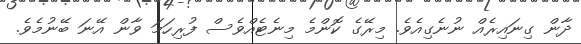
ދާން ގިނައިރެއް ނުނެގިއެވެ. މިރޭގެ ކޮންމެ މިނެޓެއްވެސް ފުރިހަމަ ވާން އޭނަ ބޭނުމެވެ.